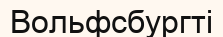
Вольфсбургті